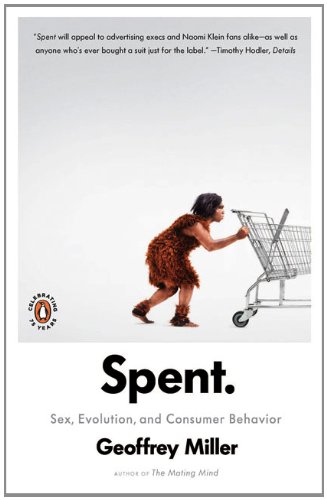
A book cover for Spent: Sex, Evolution, and Consumer Behavior; Geoffrey Miller; Business & Money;